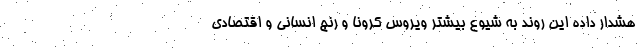
هشدار داده این روند به شیوع بیشتر ویروس کرونا و رنج انسانی و اقتصادی